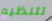
لتنظيم